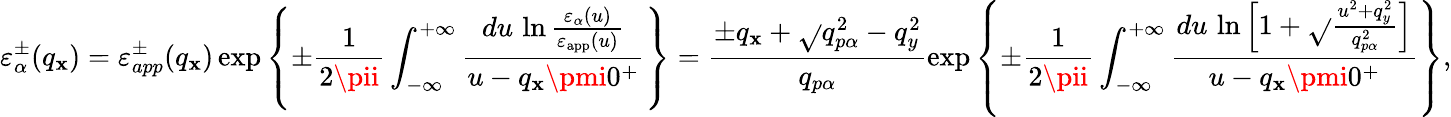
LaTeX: \varepsilon_{\alpha}^{\pm}({{q}_{\mathbf{x}}})=\varepsilon_{app}^{\pm}({{q}_{\mathbf{x}}})\exp\left\{ \pm\frac{{1}}{{2\pii}}\int_{-\infty}^{+\infty}{\frac{{du\, \ln\frac{{{{\varepsilon}_{\alpha}}(u)}}{{{{\varepsilon}_{\mathrm{{app}}}}(u)}}}}{{u-{{q}_{\mathbf{x}}}\pmi{{0}^{+}}}}}\right\} =\frac{{\pm{{q}_{\mathbf{x}}}+\sqrt{}{{q_{p\alpha}^{2}-q_{y}^{2}}}}}{{{{q}_{p\alpha}}}}\exp\left\{ \pm\frac{{1}}{{2\pii}}\int_{-\infty}^{+\infty}{\frac{{du\, \ln\left[1+\sqrt{}{{\frac{{{{u}^{2}}+q_{y}^{2}}}{{q_{p\alpha}^{2}}}}}\right]}}{{u-{{q}_{\mathbf{x}}}\pmi{{0}^{+}}}}}\right\} ,